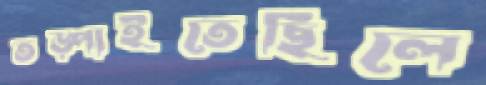
তড়্‌পাইতেছিলে